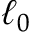
\ell _ { 0 }